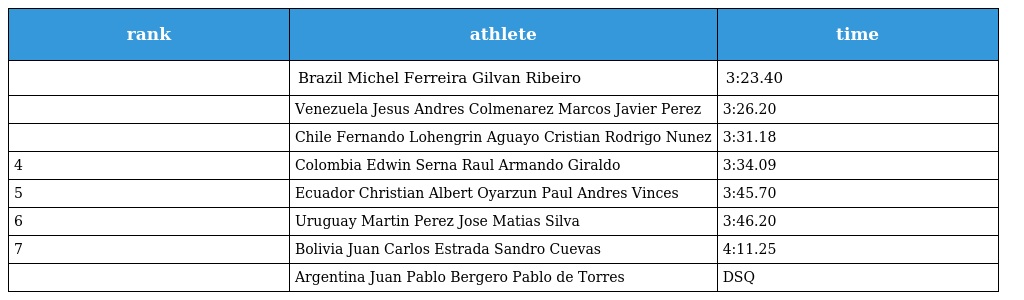
| rank | athlete | time |
 | --- | --- | --- |
 |  | Brazil Michel Ferreira Gilvan Ribeiro | 3:23.40 |
 |  | Venezuela Jesus Andres Colmenarez Marcos Javier Perez | 3:26.20 |
 |  | Chile Fernando Lohengrin Aguayo Cristian Rodrigo Nunez | 3:31.18 |
 | 4 | Colombia Edwin Serna Raul Armando Giraldo | 3:34.09 |
 | 5 | Ecuador Christian Albert Oyarzun Paul Andres Vinces | 3:45.70 |
 | 6 | Uruguay Martin Perez Jose Matias Silva | 3:46.20 |
 | 7 | Bolivia Juan Carlos Estrada Sandro Cuevas | 4:11.25 |
 |  | Argentina Juan Pablo Bergero Pablo de Torres | DSQ |